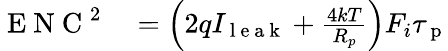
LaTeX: \begin{array}{rl}{{}\mathrm{~E~N~C~}^{2}}&{{}=\left(2qI_{\mathrm{~l~e~a~k~}}+\frac{4kT}{R_{p}}\right)F_{i}\tau_{\mathrm{~p~}}}\end{array}